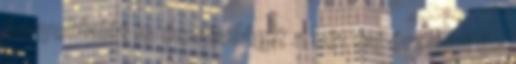
árnyoldalát is és rávilágít a két faj érzelmi és